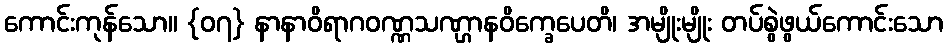
ကောင်းကုန်သော။ {၀၇} နာနာဝိရာဂဝဏ္ဏသဏ္ဌာနဝိက္ခေပေတိ၊ အမျိုးမျိုး တပ်စွဲဖွယ်ကောင်းသော